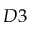
D 3